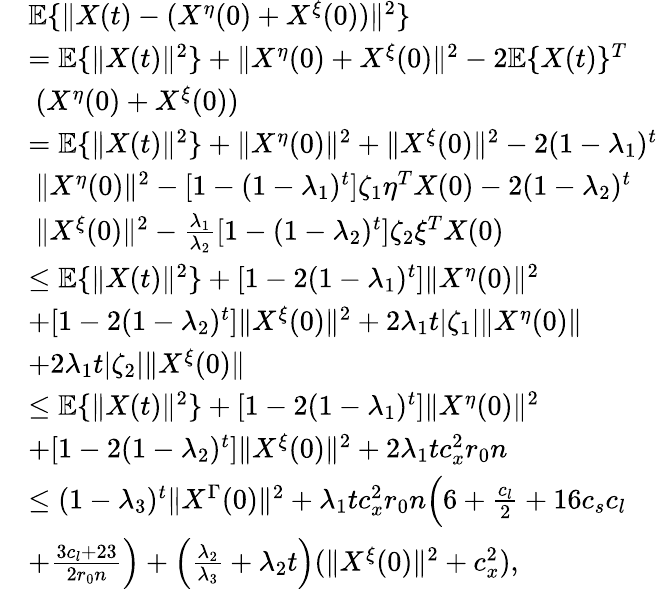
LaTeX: \begin{array}{rl}&{\mathbb{E}\{ \| X(t)-(X^{\eta}(0)+X^{\xi}(0))\| ^{2}\} }\\ &{=\mathbb{E}\{ \| X(t)\| ^{2}\} +\| X^{\eta}(0)+X^{\xi}(0)\| ^{2}-2\mathbb{E}\{ X(t)\} ^{T}}\\ &{~(X^{\eta}(0)+X^{\xi}(0))}\\ &{=\mathbb{E}\{ \| X(t)\| ^{2}\} +\| X^{\eta}(0)\| ^{2}+\| X^{\xi}(0)\| ^{2}-2(1-\lambda_{1})^{t}}\\ &{~\| X^{\eta}(0)\| ^{2}-[1-(1-\lambda_{1})^{t}]\zeta_{1}\eta^{T}X(0)-2(1-\lambda_{2})^{t}}\\ &{~\| X^{\xi}(0)\| ^{2}-\frac{\lambda_{1}}{\lambda_{2}}[1-(1-\lambda_{2})^{t}]\zeta_{2}\xi^{T}X(0)}\\ &{\le\mathbb{E}\{ \| X(t)\| ^{2}\} +[1-2(1-\lambda_{1})^{t}]\| X^{\eta}(0)\| ^{2}}\\ &{+[1-2(1-\lambda_{2})^{t}]\| X^{\xi}(0)\| ^{2}+2\lambda_{1}t|\zeta_{1}|\| X^{\eta}(0)\| }\\ &{+2\lambda_{1}t|\zeta_{2}|\| X^{\xi}(0)\| }\\ &{\le\mathbb{E}\{ \| X(t)\| ^{2}\} +[1-2(1-\lambda_{1})^{t}]\| X^{\eta}(0)\| ^{2}}\\ &{+[1-2(1-\lambda_{2})^{t}]\| X^{\xi}(0)\| ^{2}+2\lambda_{1}tc_{x}^{2}r_{0}n}\\ &{\le(1-\lambda_{3})^{t}\| X^{\Gamma}(0)\| ^{2}+\lambda_{1}tc_{x}^{2}r_{0}n\Big(6+\frac{c_{l}}{2}+16c_{s}c_{l}}\\ &{+\frac{3c_{l}+23}{2r_{0}n}\Big)+\Big(\frac{\lambda_{2}}{\lambda_{3}}+\lambda_{2}t\Big)(\| X^{\xi}(0)\| ^{2}+c_{x}^{2}),}\end{array}